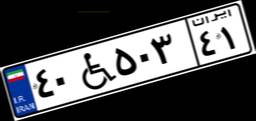
۴۰W۵۰۳۴۱